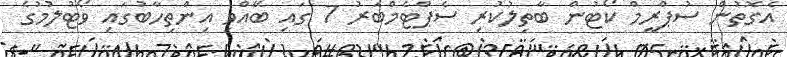
އެގޮތުން ސުޕްރީމް ކޯޓުން ބާތިލުކުރި ސެޕްޓެމްބަރު 7 ގައި ބޭއްވި އިންތިހާބުގައި ވޯޓުލުމުގެ